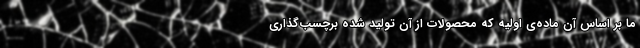
ما بر اساس آن ماده‌ی اولیه که محصولات از آن تولید شده برچسب‌گذاری